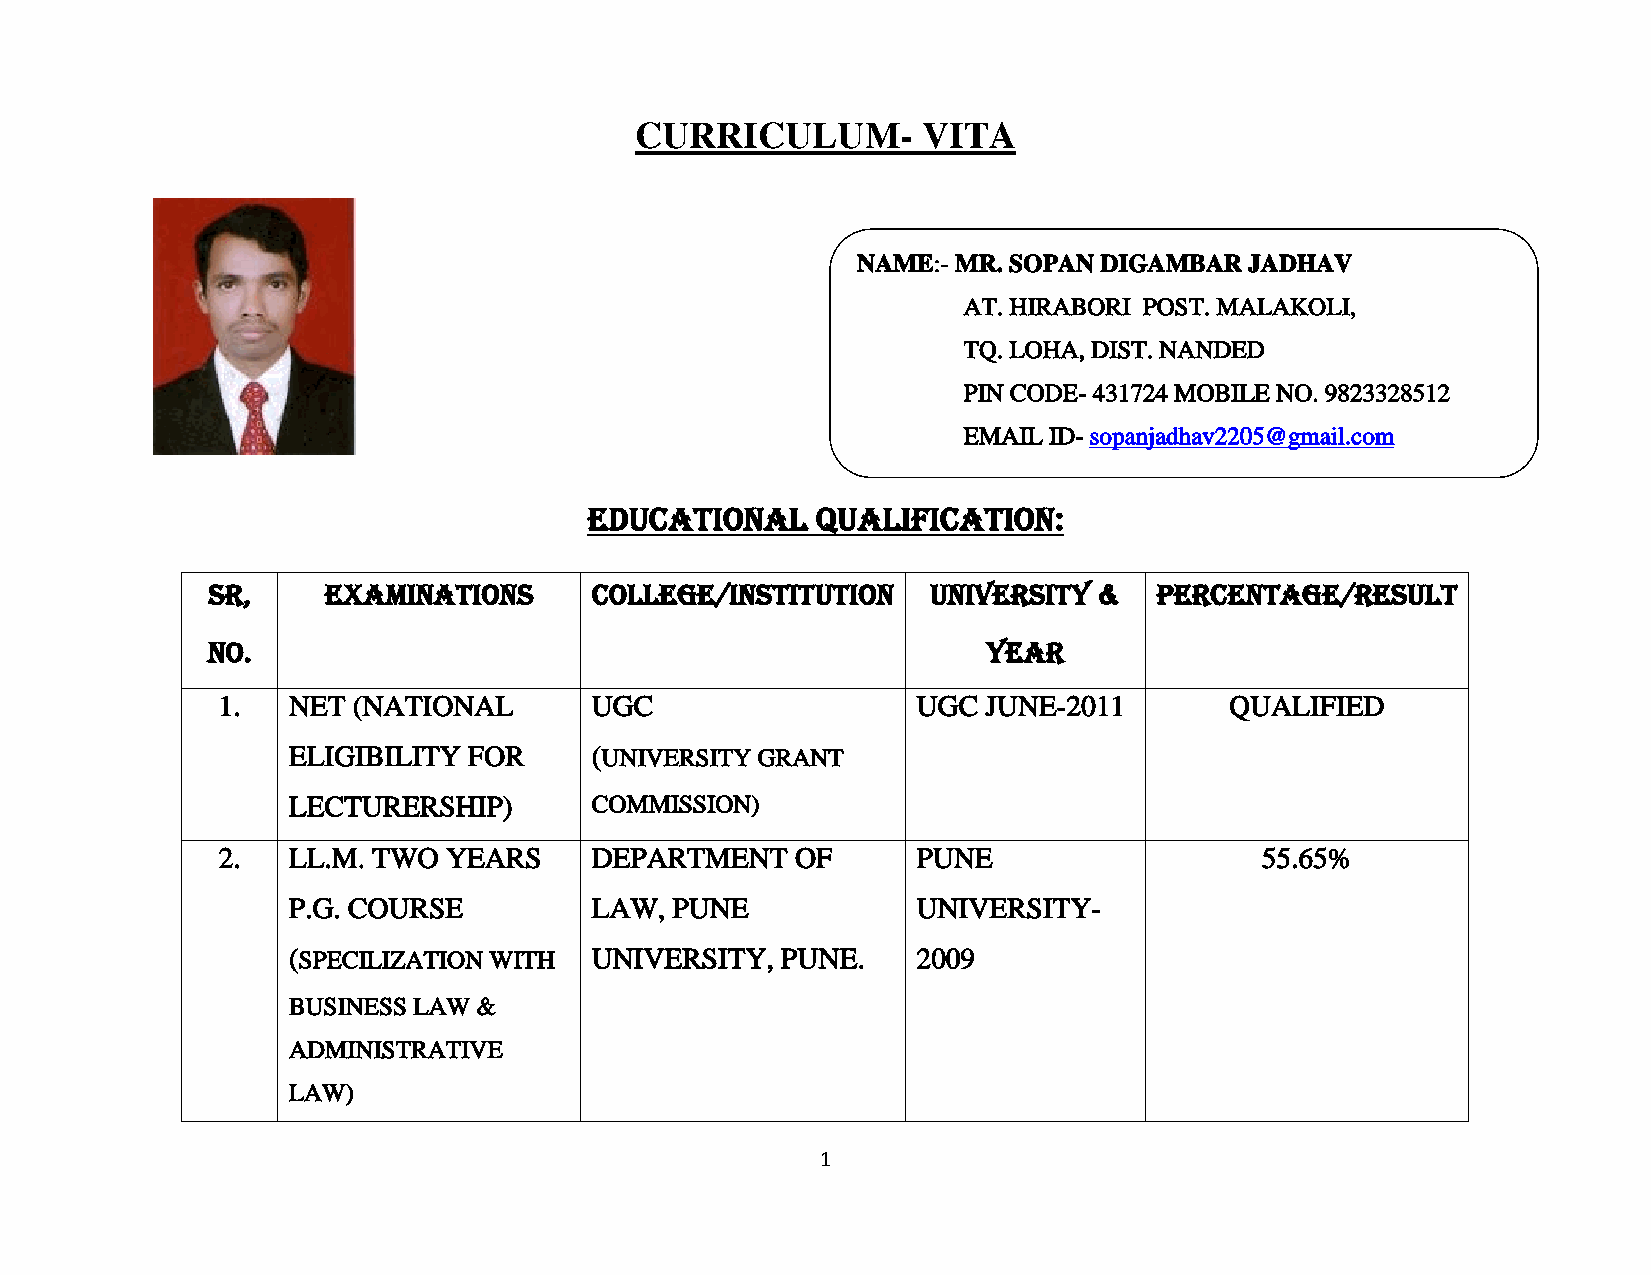
id21444562 pdfMachine by Broadgun Software - a great PDF writer! - a great PDF creator! - http://www.pdfmachine.com http://www.broadgun.com
 CURRICULUM-        VITA
 NAME:- MR. SOPAN DIGAMBAR JADHAV
 AT. HIRABORI POST. MALAKOLI,
 TQ. LOHA, DIST. NANDED
 PIN CODE- 431724 MOBILE NO. 9823328512
 EMAIL ID- sopanjadhav2205@gmail.com
 EDUCATIONAL    QUALIFICATION:
 SR,    EXAMINATIONS      COLLEGE/INSTITUTION    UNIVERSITY &   PERCENTAGE/RESULT
 NO.                                                YEAR
 1.   NET (NATIONAL       UGC                   UGC JUNE-2011       QUALIFIED
 ELIGIBILITY FOR     (UNIVERSITY GRANT
 LECTURERSHIP)       COMMISSION)
 2.   LL.M. TWO  YEARS    DEPARTMENT    OF      PUNE                  55.65%
 P.G. COURSE         LAW, PUNE             UNIVERSITY-
 (SPECILIZATION WITH UNIVERSITY,  PUNE.    2009
 BUSINESS LAW &
 ADMINISTRATIVE
 LAW)
 1